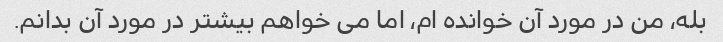
بله، من در مورد آن خوانده ام، اما می خواهم بیشتر در مورد آن بدانم.